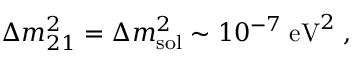
\Delta m _ { 2 1 } ^ { 2 } = \Delta m _ { \mathrm { s o l } } ^ { 2 } \sim 1 0 ^ { - 7 } \; \mathrm { e V } ^ { 2 } \; ,